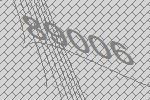
89006